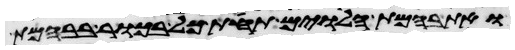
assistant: ואת בהמת הלוים תחת כל בכור בבהמת